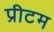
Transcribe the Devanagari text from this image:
प्रीटम